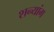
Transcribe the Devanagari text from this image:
शन्यांग